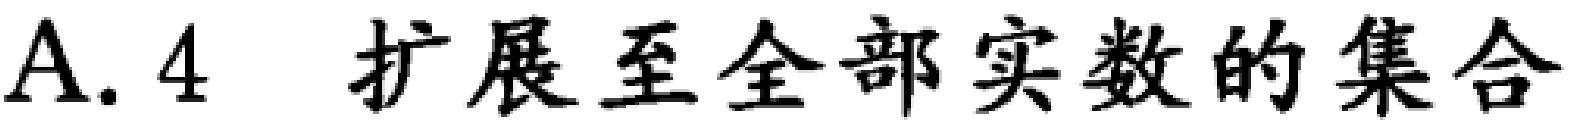
A. 4 扩展至全部实数的集合